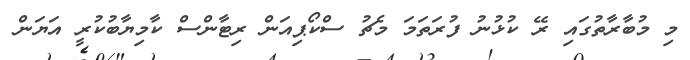
މި މުބާރާތުގައި ރޭ ކުޅުނު ފުރަތަމަ މެޗު ސްކޯޕިއަން ރިޓާންސް ކާމިޔާބުކުރީ އަޔަން